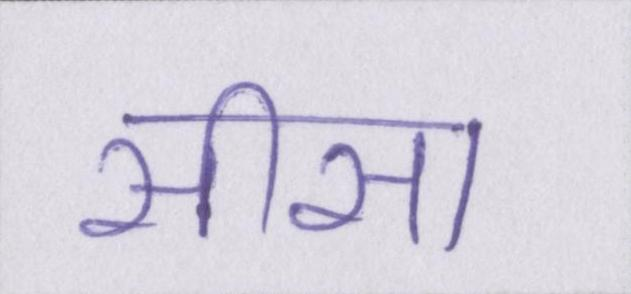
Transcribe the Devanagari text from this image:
सीसा